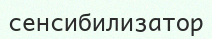
сенсибилизатор